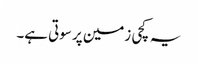
یہ کچی زمین پر سوتی ہے۔